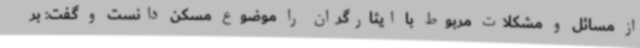
از مسائل و مشکلات مربوط با ایثارگران را موضوع مسکن دانست و گفت: بر